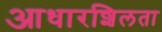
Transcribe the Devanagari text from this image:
आधारशिलता